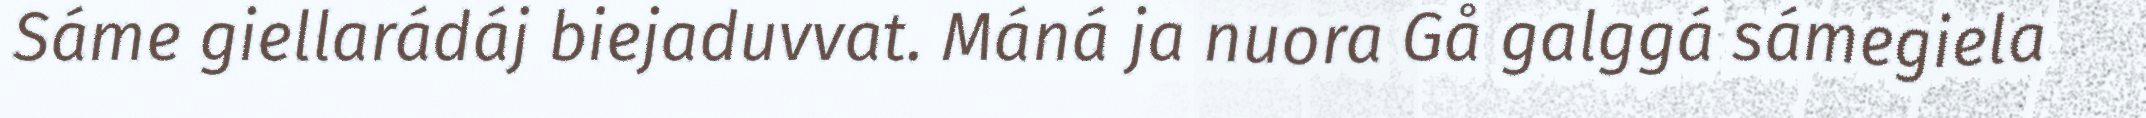
Sáme giellarádáj biejaduvvat. Máná ja nuora Gå galggá sámegiela